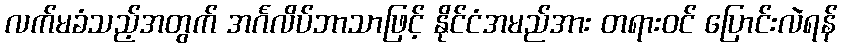
လက်မခံသည့်အတွက် အင်္ဂလိပ်ဘာသာဖြင့် နိုင်ငံအမည်အား တရားဝင် ပြောင်းလဲရန်